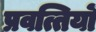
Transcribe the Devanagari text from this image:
प्रवत्तियों